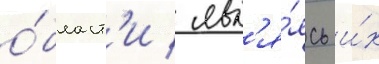
о́бласт'и / явл'я́ясь и́х